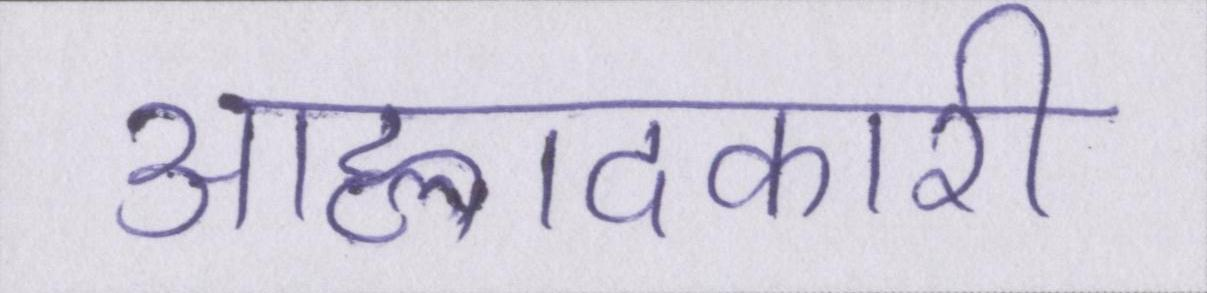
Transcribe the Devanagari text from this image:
आह्लादकारी